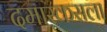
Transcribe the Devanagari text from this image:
दमास्कसला